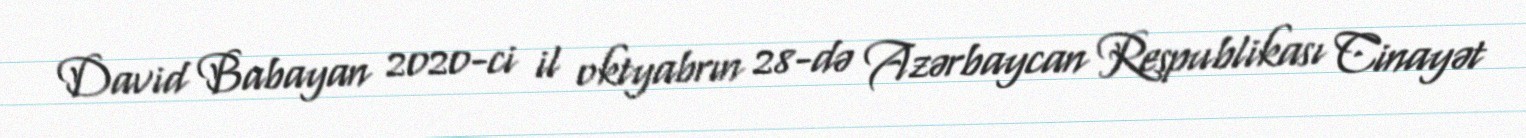
David Babayan 2020-ci il oktyabrın 28-də Azərbaycan Respublikası Cinayət